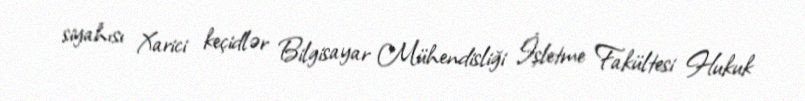
siyahısı Xarici keçidlər Bilgisayar Mühendisliği İşletme Fakültesi Hukuk